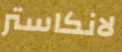
لانكاستر